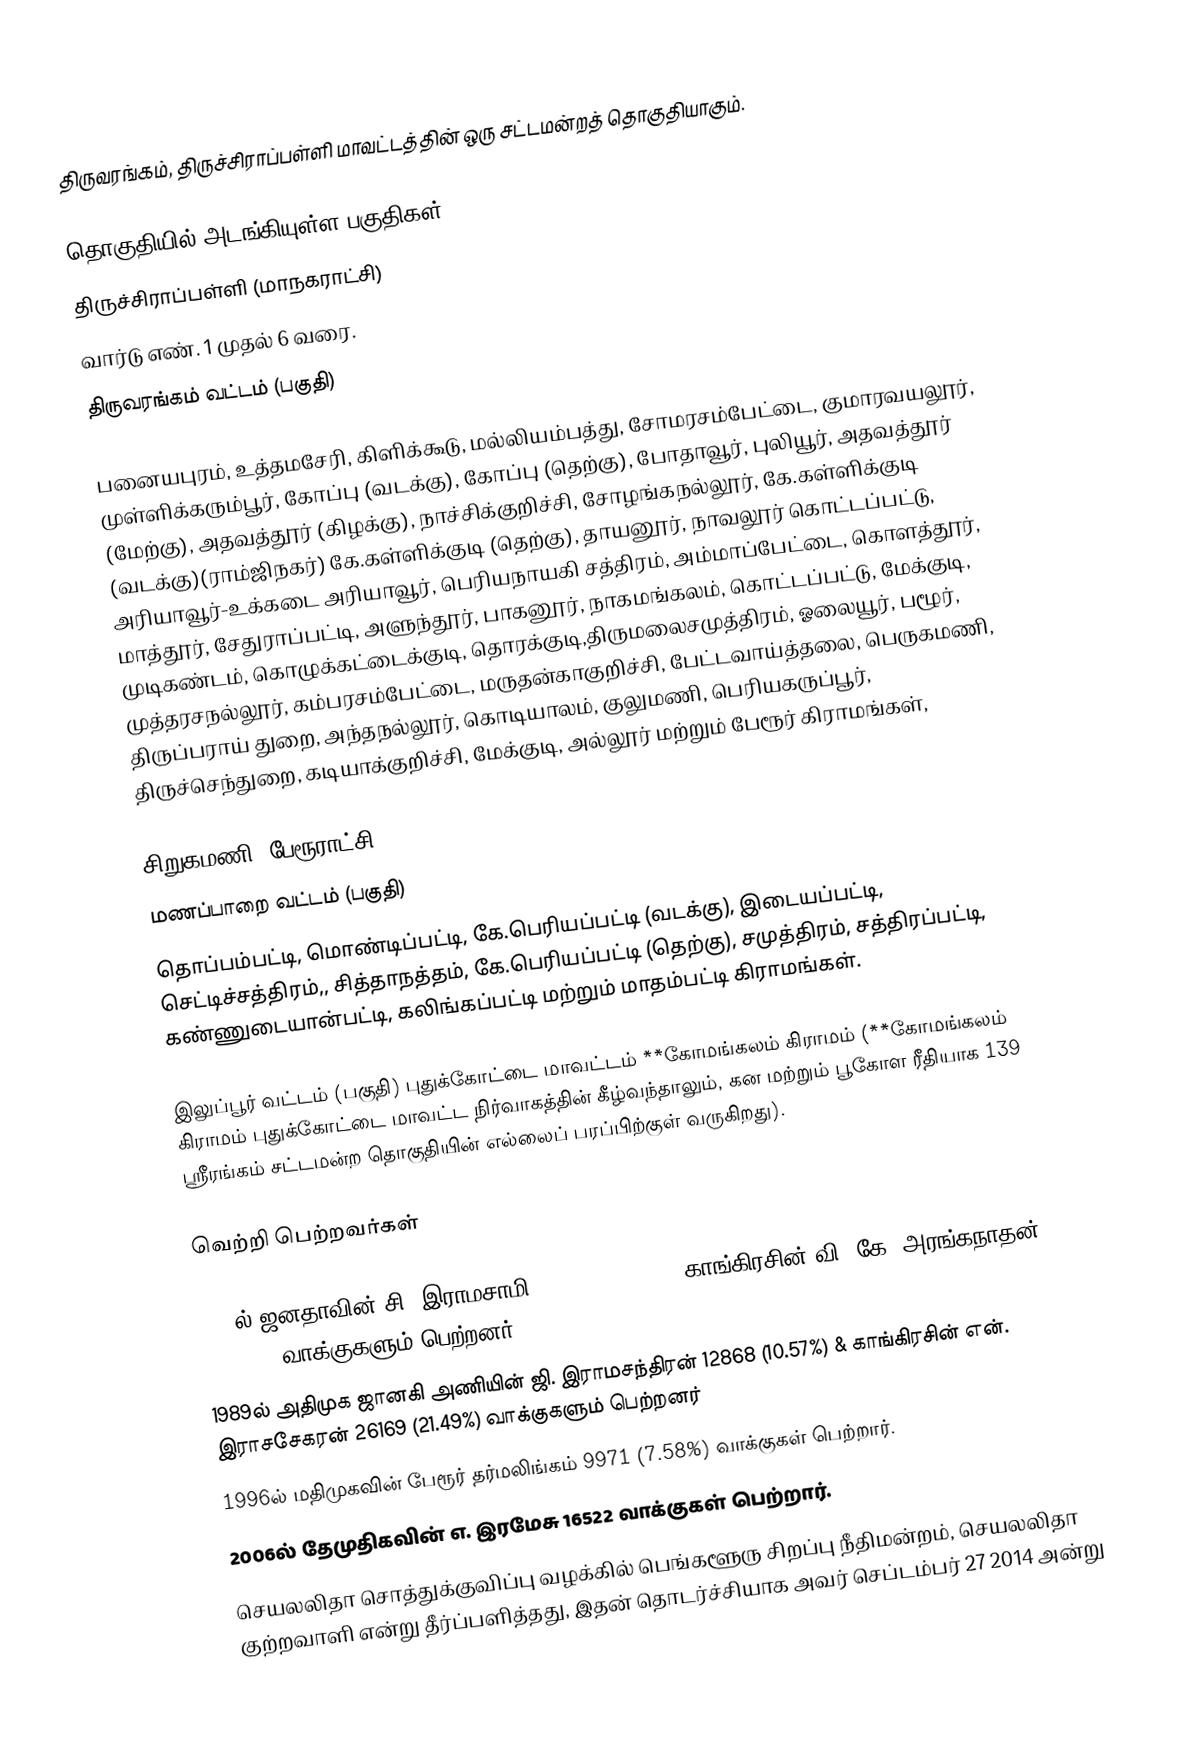
திருவரங்கம், திருச்சிராப்பள்ளி மாவட்டத்தின் ஒரு சட்டமன்றத் தொகுதியாகும்.

தொகுதியில் அடங்கியுள்ள பகுதிகள்
திருச்சிராப்பள்ளி (மாநகராட்சி)
வார்டு எண். 1 முதல் 6 வரை.
திருவரங்கம் வட்டம் (பகுதி)

பனையபுரம், உத்தமசேரி, கிளிக்கூடு, மல்லியம்பத்து, சோமரசம்பேட்டை, குமாரவயலூர், முள்ளிக்கரும்பூர், கோப்பு (வடக்கு), கோப்பு (தெற்கு), போதாவூர், புலியூர், அதவத்தூர் (மேற்கு), அதவத்தூர் (கிழக்கு), நாச்சிக்குறிச்சி, சோழங்கநல்லூர், கே.கள்ளிக்குடி (வடக்கு)(ராம்ஜிநகர்) கே.கள்ளிக்குடி (தெற்கு),  தாயனூர், நாவலூர் கொட்டப்பட்டு, அரியாவூர்-உக்கடை அரியாவூர், பெரியநாயகி சத்திரம், அம்மாப்பேட்டை, கொளத்தூர், மாத்தூர், சேதுராப்பட்டி, அளுந்தூர், பாகனூர், நாகமங்கலம், கொட்டப்பட்டு, மேக்குடி, முடிகண்டம், கொழுக்கட்டைக்குடி, தொரக்குடி,திருமலைசமுத்திரம், ஓலையூர், பழூர், முத்தரசநல்லூர், கம்பரசம்பேட்டை, மருதன்காகுறிச்சி, பேட்டவாய்த்தலை, பெருகமணி, திருப்பராய் துறை, அந்தநல்லூர், கொடியாலம், குலுமணி, பெரியகருப்பூர், திருச்செந்துறை, கடியாக்குறிச்சி, மேக்குடி, அல்லூர் மற்றும் பேரூர் கிராமங்கள்,

சிறுகமணி (பேரூராட்சி),
மணப்பாறை வட்டம் (பகுதி)
தொப்பம்பட்டி, மொண்டிப்பட்டி, கே.பெரியப்பட்டி (வடக்கு), இடையப்பட்டி, செட்டிச்சத்திரம்,, சித்தாநத்தம், கே.பெரியப்பட்டி (தெற்கு), சமுத்திரம், சத்திரப்பட்டி, கண்ணுடையான்பட்டி, கலிங்கப்பட்டி மற்றும் மாதம்பட்டி கிராமங்கள்.

இலுப்பூர் வட்டம் (பகுதி) புதுக்கோட்டை மாவட்டம் **கோமங்கலம் கிராமம் (**கோமங்கலம் கிராமம் புதுக்கோட்டை மாவட்ட நிர்வாகத்தின் கீழ்வந்தாலும், கன மற்றும் பூகோள ரீதியாக 139 ஸ்ரீரங்கம் சட்டமன்ற தொகுதியின் எல்லைப் பரப்பிற்குள் வருகிறது).

வெற்றி பெற்றவர்கள்

1977ல் ஜனதாவின் சி. இராமசாமி 19782 (23.64%) & காங்கிரசின் வி. கே. அரங்கநாதன் 15562 (18.60%) வாக்குகளும் பெற்றனர்.
1989ல் அதிமுக ஜானகி அணியின் ஜி. இராமசந்திரன் 12868 (10.57%) & காங்கிரசின் என். இராசசேகரன் 26169 (21.49%) வாக்குகளும் பெற்றனர்
1996ல் மதிமுகவின் பேரூர் தர்மலிங்கம் 9971 (7.58%) வாக்குகள் பெற்றார்.
2006ல் தேமுதிகவின் எ. இரமேசு 16522 வாக்குகள் பெற்றார்.
 செயலலிதா சொத்துக்குவிப்பு வழக்கில் பெங்களூரு சிறப்பு நீதிமன்றம், செயலலிதா குற்றவாளி என்று தீர்ப்பளித்தது, இதன் தொடர்ச்சியாக அவர் செப்டம்பர் 27 2014 அன்று